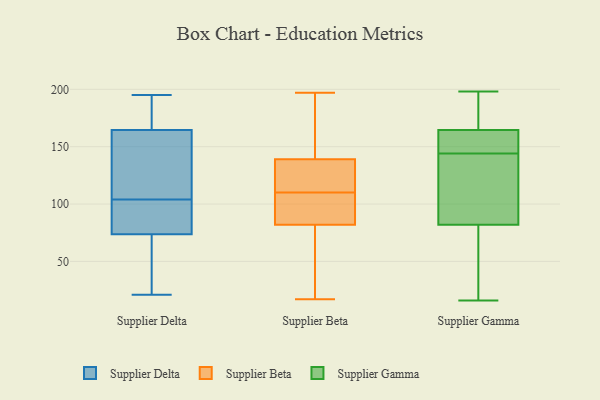
{"axis": {"x": "Revenue (USD Million)", "y": "Value"}, "legend": ["Supplier Beta", "Supplier Delta", "Supplier Gamma"], "data": [{"x": "", "y": 116, "type": "Supplier Delta"}, {"x": "", "y": 71, "type": "Supplier Delta"}, {"x": "", "y": 174, "type": "Supplier Delta"}, {"x": "", "y": 82, "type": "Supplier Delta"}, {"x": "", "y": 88, "type": "Supplier Delta"}, {"x": "", "y": 61, "type": "Supplier Delta"}, {"x": "", "y": 195, "type": "Supplier Delta"}, {"x": "", "y": 21, "type": "Supplier Delta"}, {"x": "", "y": 157, "type": "Supplier Delta"}, {"x": "", "y": 167, "type": "Supplier Delta"}, {"x": "", "y": 104, "type": "Supplier Delta"}, {"x": "", "y": 128, "type": "Supplier Beta"}, {"x": "", "y": 80, "type": "Supplier Beta"}, {"x": "", "y": 197, "type": "Supplier Beta"}, {"x": "", "y": 141, "type": "Supplier Beta"}, {"x": "", "y": 90, "type": "Supplier Beta"}, {"x": "", "y": 17, "type": "Supplier Beta"}, {"x": "", "y": 82, "type": "Supplier Beta"}, {"x": "", "y": 87, "type": "Supplier Beta"}, {"x": "", "y": 120, "type": "Supplier Beta"}, {"x": "", "y": 115, "type": "Supplier Beta"}, {"x": "", "y": 139, "type": "Supplier Beta"}, {"x": "", "y": 195, "type": "Supplier Beta"}, {"x": "", "y": 46, "type": "Supplier Beta"}, {"x": "", "y": 105, "type": "Supplier Beta"}, {"x": "", "y": 192, "type": "Supplier Gamma"}, {"x": "", "y": 157, "type": "Supplier Gamma"}, {"x": "", "y": 144, "type": "Supplier Gamma"}, {"x": "", "y": 78, "type": "Supplier Gamma"}, {"x": "", "y": 106, "type": "Supplier Gamma"}, {"x": "", "y": 144, "type": "Supplier Gamma"}, {"x": "", "y": 103, "type": "Supplier Gamma"}, {"x": "", "y": 164, "type": "Supplier Gamma"}, {"x": "", "y": 26, "type": "Supplier Gamma"}, {"x": "", "y": 16, "type": "Supplier Gamma"}, {"x": "", "y": 144, "type": "Supplier Gamma"}, {"x": "", "y": 182, "type": "Supplier Gamma"}, {"x": "", "y": 165, "type": "Supplier Gamma"}, {"x": "", "y": 82, "type": "Supplier Gamma"}, {"x": "", "y": 82, "type": "Supplier Gamma"}, {"x": "", "y": 198, "type": "Supplier Gamma"}]}